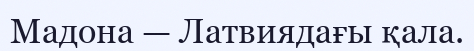
Мадона — Латвиядағы қала.